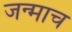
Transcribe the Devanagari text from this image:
जन्माच